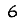
Digit: 6